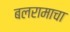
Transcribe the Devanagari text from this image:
बलरामाचा